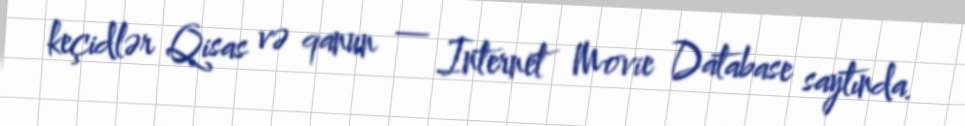
keçidlər Qisas və qanun — Internet Movie Database saytında.